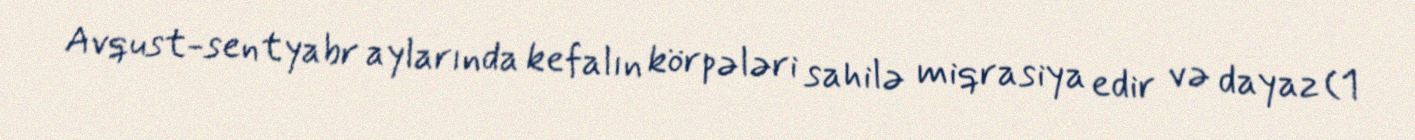
Avqust-sentyabr aylarında kefalın körpələri sahilə miqrasiya edir və dayaz (1